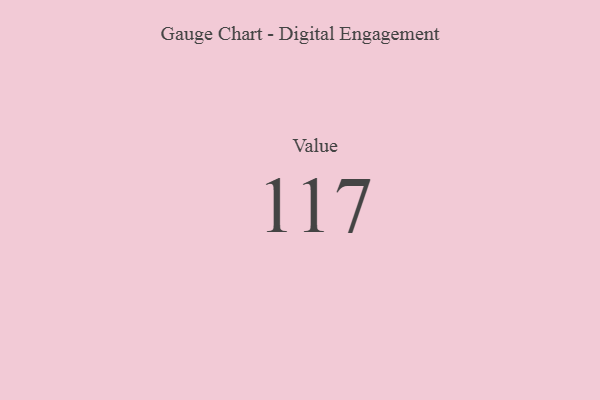
{"axis": {"x": "Metric", "y": "Value"}, "legend": [""], "data": [{"x": "Value", "y": 117, "type": ""}]}